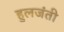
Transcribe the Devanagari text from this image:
हुलजंती